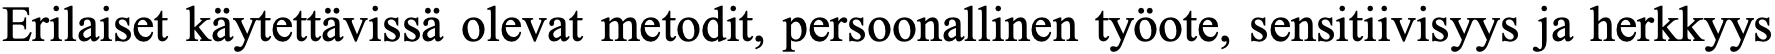
Erilaiset käytettävissä olevat metodit, persoonallinen työote, sensitiivisyys ja herkkyys